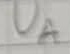
Text: UA